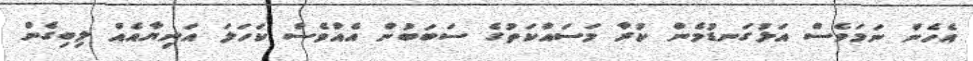
އެހެން ނަމަވެސް އަޅުގަނޑުމެން ކުރާ މަސައްކަތުގެ ސަބަބުން އެއްވެސް ކަހަލަ އަނިޔާއެއް ލިބިގެން